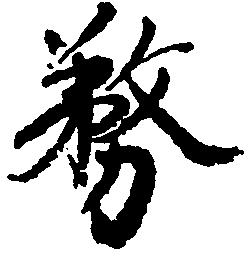
務